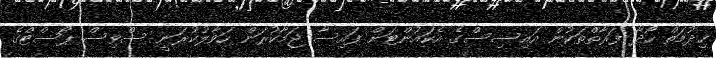
ޚިދުމަތް ހޯދާ ފަރާތްތަކުން އައިސިސްގެ އެކައުންޓަށް ފައިސާ ޖަމާކުރަން ހަވާލުކުރަނީ ސްވިސް ޕޯސްޓްގެ